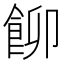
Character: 飹